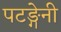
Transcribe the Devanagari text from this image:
पटङ्गेनी